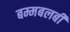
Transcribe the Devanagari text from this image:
बम्मबलबी